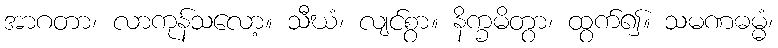
အာဂတာ၊ လာကုန်သလော့။ သီဃံ၊ လျင်စွာ။ နိက္ခမိတွာ၊ ထွက်၍။ သမဏဓမ္မံ၊